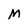
Character: M